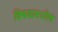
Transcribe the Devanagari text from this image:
विषयामधील